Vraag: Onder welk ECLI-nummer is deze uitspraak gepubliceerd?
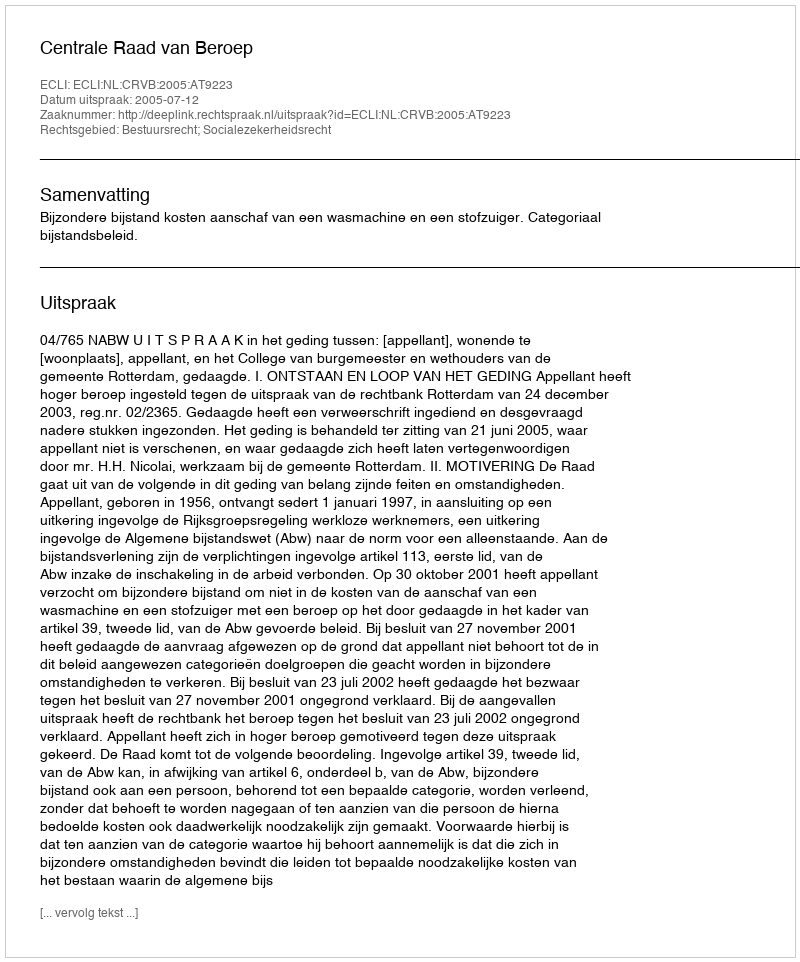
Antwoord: ECLI:NL:CRVB:2005:AT9223